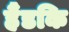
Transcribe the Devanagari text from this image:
हैंडकि